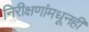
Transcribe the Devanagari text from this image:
निरीक्षणांमधूनही